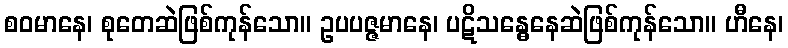
စဝမာနေ၊ စုတေဆဲဖြစ်ကုန်သော။ ဥပပဇ္ဇမာနေ၊ ပဋိသန္ဓေနေဆဲဖြစ်ကုန်သော။ ဟီနေ၊